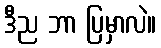
ဒီည ဘာ ပြမှာလဲ။